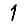
Digit: 1